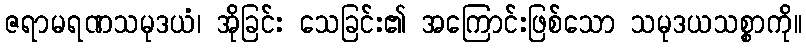
ဇရာမရဏသမုဒယံ၊ အိုခြင်း သေခြင်း၏ အကြောင်းဖြစ်သော သမုဒယသစ္စာကို။